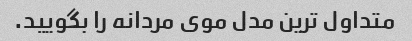
متداول ترین مدل موی مردانه را بگویید.